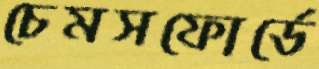
চেমসফোর্ডে